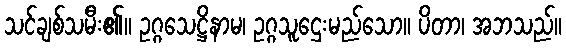
သင်ချစ်သမီး၏။ ဥဂ္ဂသေဋ္ဌိနာမ၊ ဥဂ္ဂသူဌေးမည်သော။ ပိတာ၊ အဘသည်။